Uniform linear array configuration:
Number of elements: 12
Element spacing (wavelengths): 1
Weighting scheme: kaiser
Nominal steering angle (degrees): -60
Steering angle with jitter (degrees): -58.886
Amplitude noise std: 0.05
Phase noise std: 0.05

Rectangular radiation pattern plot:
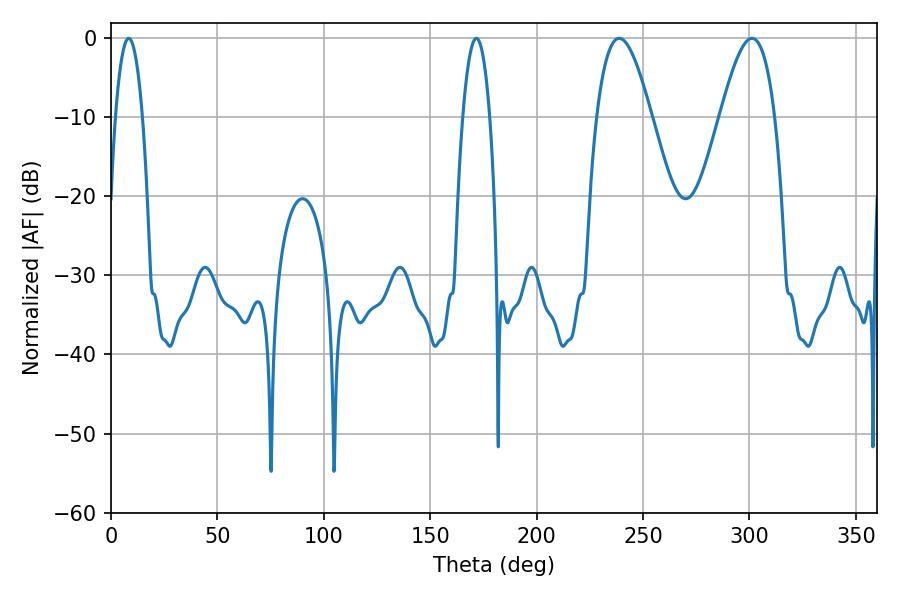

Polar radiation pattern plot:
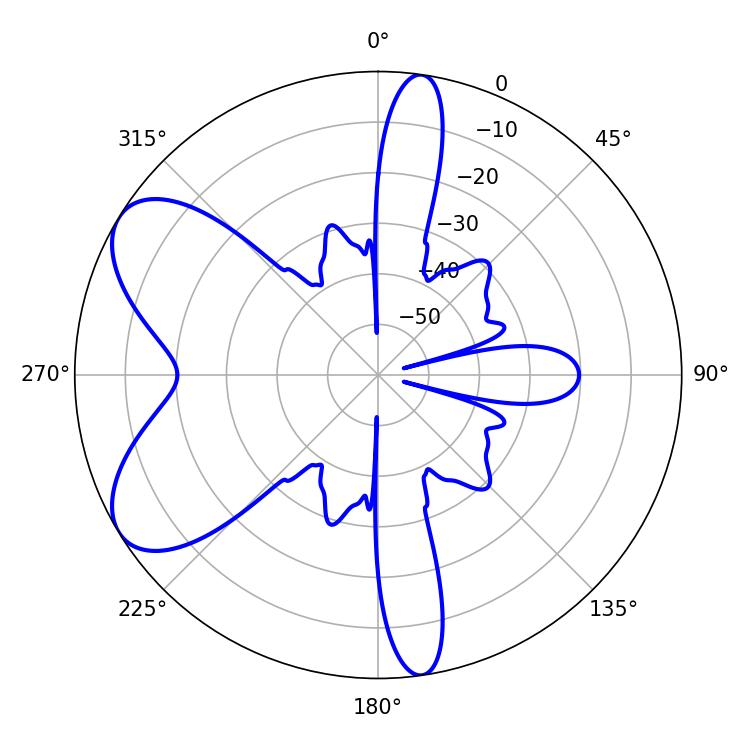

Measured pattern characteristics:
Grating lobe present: TRUE
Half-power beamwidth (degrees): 13.86
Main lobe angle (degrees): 238.86